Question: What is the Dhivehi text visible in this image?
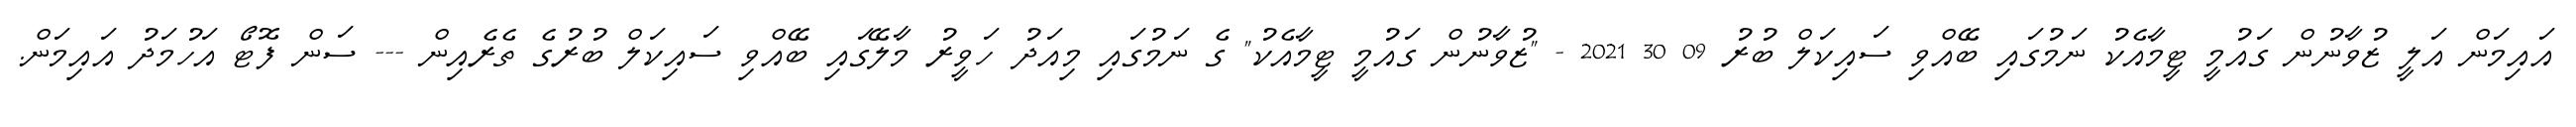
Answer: އައިމަން އަލީ ޒުވާނުން ގައުމީ ޓީމާއެކު ނަމުގައި ބޭއްވި ސައިކަލް ބުރު 09 30 2021 - "ޒުވާނުން ގައުމީ ޓީމާއެކު" ގެ ނަމުގައި މިއަދު ހަވީރު މާލޭގައި ބޭއްވި ސައިކަލް ބުރުގެ ތެރެއިން --- ސަން ފޮޓޯ އަހުމަދު އައިމަން.